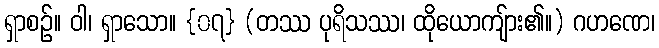
ရှာစဉ်။ ဝါ၊ ရှာသော။ {၀၇} (တဿ ပုရိသဿ၊ ထိုယောကျ်ား၏။) ဂဟဏေ၊